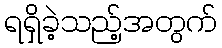
ရရှိခဲ့သည့်အတွက်